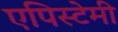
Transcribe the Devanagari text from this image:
एपिस्टेमी